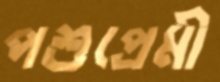
পশুপ্রেমী